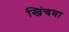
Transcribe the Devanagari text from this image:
खिंचवा